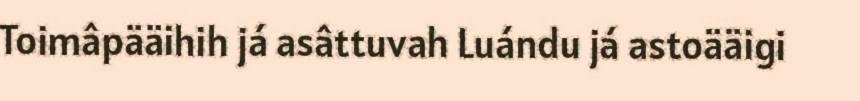
Toimâpääihih já asâttuvah Luándu já astoääigi